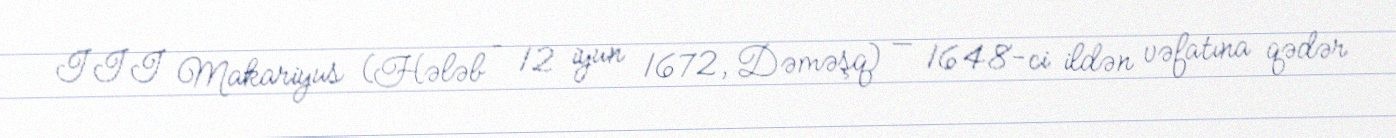
III Makariyus (Hələb – 12 iyun 1672, Dəməşq) — 1648-ci ildən vəfatına qədər